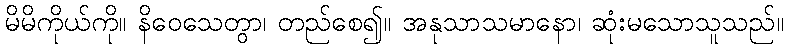
မိမိကိုယ်ကို။ နိဝေသေတွာ၊ တည်စေ၍။ အနုသာသမာနော၊ ဆုံးမသောသူသည်။